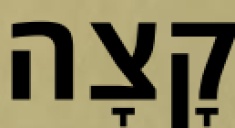
קָצָה